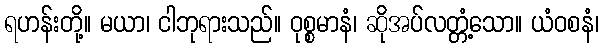
ရဟန်းတို့။ မယာ၊ ငါဘုရားသည်။ ဝုစ္စမာနံ၊ ဆိုအပ်လတ္တံ့သော။ ယံဝစနံ၊